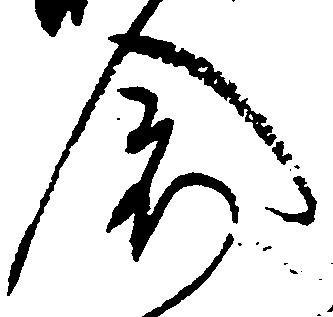
倉